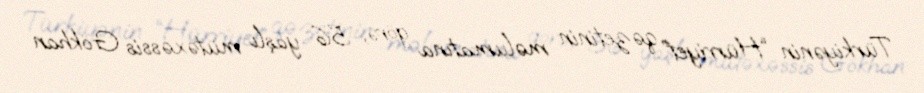
Türkiyənin “Hürriyet” qəzetinin məlumatına görə, 56 yaşlı mütəxəssis Gökhan